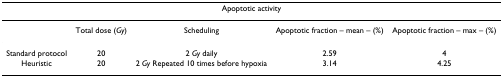
| <COLSPAN=5> Apoptotic activity |
 | --- | --- | --- | --- | --- |
 |  | Total dose (Gy) | Scheduling | Apoptotic fraction – mean – (%) | Apoptotic fraction – max – (%) |
 | Standard protocol | 20 | 2 Gy daily | 2.59 | 4 |
 | Heuristic | 20 | 2 Gy Repeated 10 times before hypoxia | 3.14 | 4.25 |